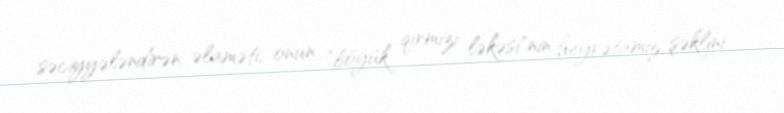
səciyyələndirən əlaməti, onun "böyük qırmızı ləkəsi"nin heyrətamiz şəklini